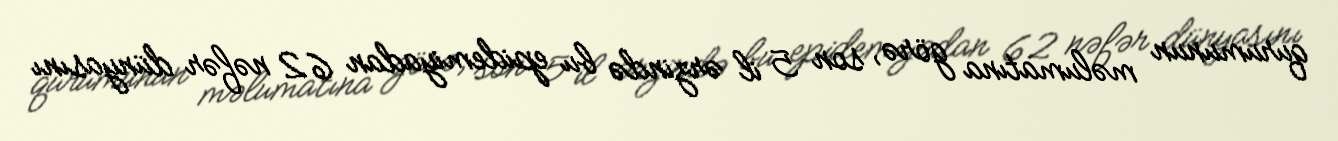
qurumunun məlumatına görə, son 5 il ərzində bu epidemiyadan 62 nəfər dünyasını